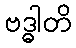
ဗဒ္ဓါတိ